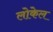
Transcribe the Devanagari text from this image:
लोकेल